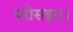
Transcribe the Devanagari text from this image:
परोसइए।